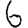
Digit: 6